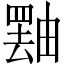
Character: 𪽝